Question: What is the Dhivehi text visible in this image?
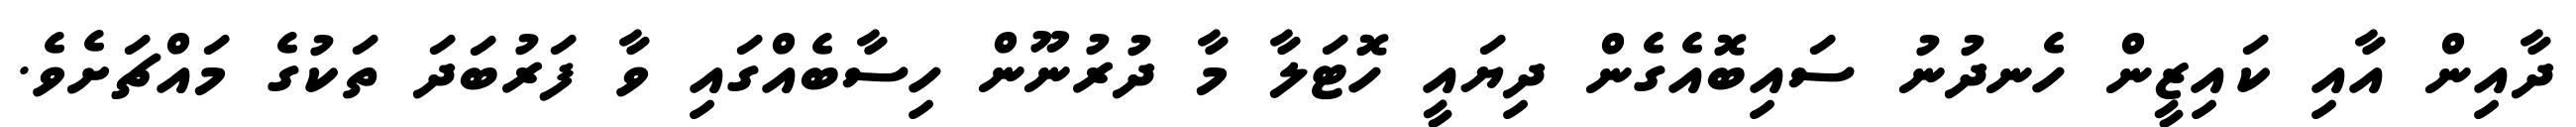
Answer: ދާއިން އާއި ކައިޒީން ހެނދުނު ސައިބޮއެގެން ދިޔައީ ހޮޓަލާ މާ ދުރުނޫން ހިސާބެއްގައި ވާ ފަރުބަދަ ތަކުގެ މައްޗަށެވެ.